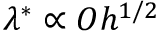
\lambda ^ { * } \propto O h ^ { 1 / 2 }